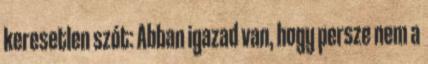
keresetlen szót: Abban igazad van, hogy persze nem a